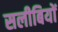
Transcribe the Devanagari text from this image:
सलीबियों